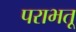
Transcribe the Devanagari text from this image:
पराभतू